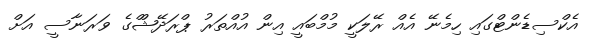
އެކްސިޑެންޓްގައި ހިމެނޭ އެއް ރޭލަކީ މުމްބައީ އިން އުއްތަރު ޕްރަދޭޝްްގެ ވަރަނާސީ އަށް